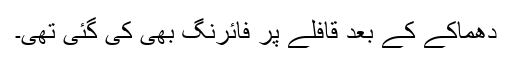
دھماکے کے بعد قافلے پر فائرنگ بھی کی گئی تھی۔